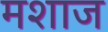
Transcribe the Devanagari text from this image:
मशाज